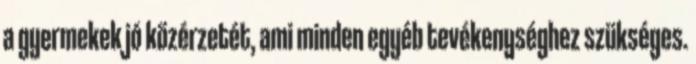
a gyermekek jó közérzetét, ami minden egyéb tevékenységhez szükséges.